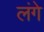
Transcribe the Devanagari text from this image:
लंगे